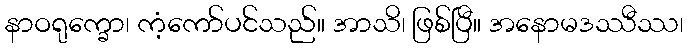
နာဝရုက္ခော၊ ကံ့ကော်ပင်သည်။ အာသိ၊ ဖြစ်ပြီ။ အနောမဒဿီဿ၊